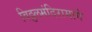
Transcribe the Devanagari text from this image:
विठ्ठलमंदिरामागे